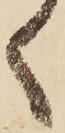
く